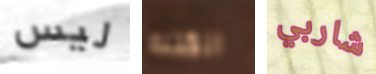
ليس الكتلة شاربي